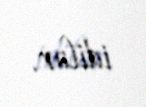
idilər.